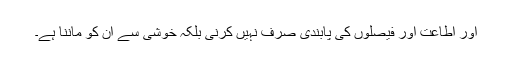
اور اطاعت اور فیصلوں کی پابندی صرف نہیں کرنی بلکہ خوشی سے ان کو ماننا ہے۔